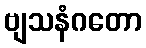
ဗျသနံဂတော